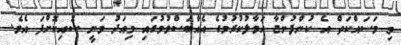
މި މަސައްކަތް އެ ކުންފުންޏާ ހަވާލުކުރުމުގެ އެއްބަސްވުމުގައި މިއަދު ވަނީ ސޮއިކޮށްފަ އެވެ.